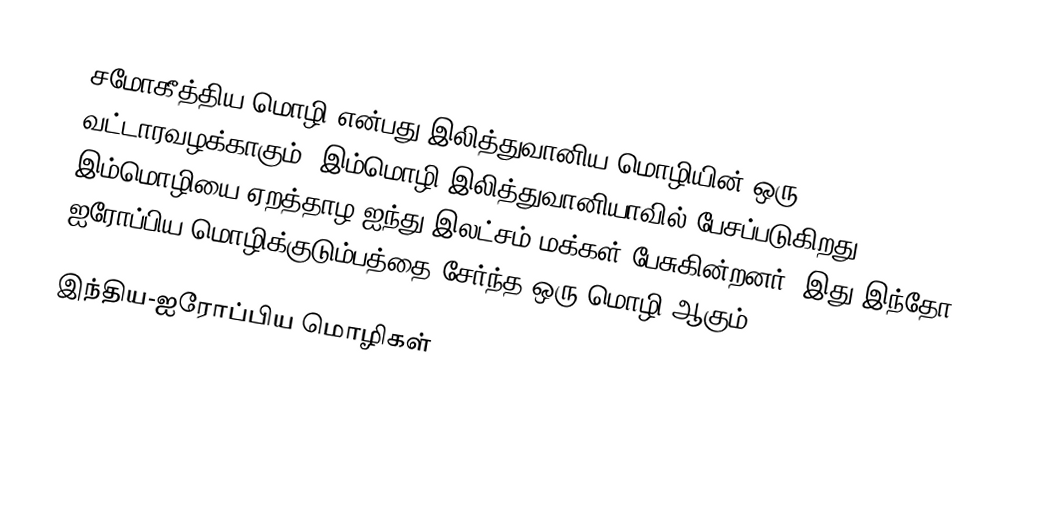
சமோகீத்திய மொழி என்பது இலித்துவானிய மொழியின் ஒரு வட்டாரவழக்காகும். இம்மொழி இலித்துவானியாவில் பேசப்படுகிறது. இம்மொழியை ஏறத்தாழ ஐந்து இலட்சம் மக்கள் பேசுகின்றனர். இது இந்தோ ஐரோப்பிய மொழிக்குடும்பத்தை சேர்ந்த ஒரு மொழி ஆகும்.

இந்திய-ஐரோப்பிய மொழிகள்